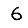
Digit: 6